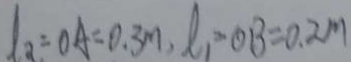
l _ { 2 } = O A = 0 . 3 m , l _ { 1 } = O B = 0 . 2 m